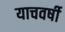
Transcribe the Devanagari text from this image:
याचवर्षी